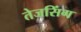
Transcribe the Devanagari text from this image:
तेजसिंग